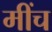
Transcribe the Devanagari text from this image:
मींच